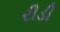
રીડી